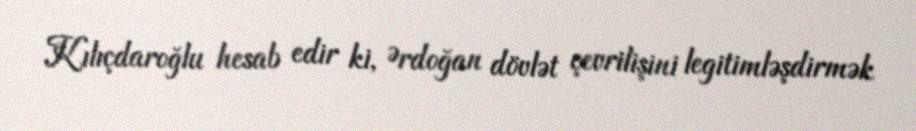
Kılıçdaroğlu hesab edir ki, Ərdoğan dövlət çevrilişini legitimləşdirmək